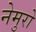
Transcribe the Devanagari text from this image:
नेमुरो